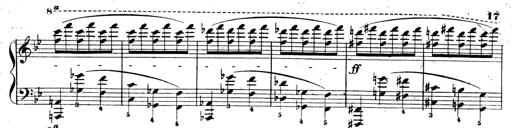
Title: 3 Caprices-Valses
Composer: Franz Liszt